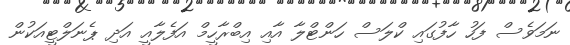
ނަމަވެސް ފަހު ހާފުގައި ކްލަސް ހަންޓްލާ އާއި އިބްރާހީމް އަފެލާއީ އަދި ޕެނަލްޓީއަކުން